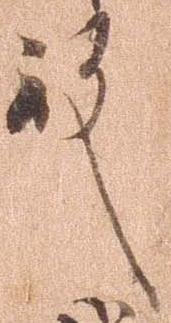
殿